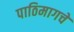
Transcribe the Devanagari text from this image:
पाठिमागचे